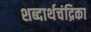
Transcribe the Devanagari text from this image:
शब्दार्थचंद्रिका